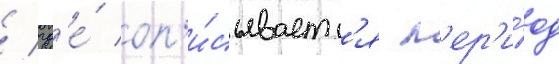
/ гд'е́ оп'и́сываетс'я п'ер'и́од